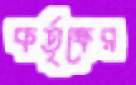
কর্তৃক্ষের